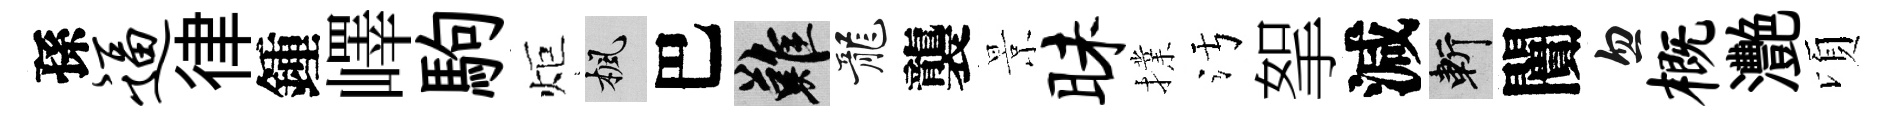
孫逼律鍾嶧駒炬楓巴難龍襲景昧擈污挐減斬闠忽概灧頃